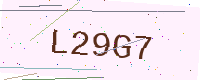
Text: L29G7